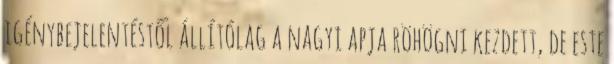
igénybejelentéstől állítólag a nagyi apja röhögni kezdett, de este